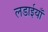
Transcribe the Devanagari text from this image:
लडाईयाँ